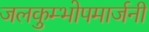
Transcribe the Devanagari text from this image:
जलकुम्भोपमार्जनी